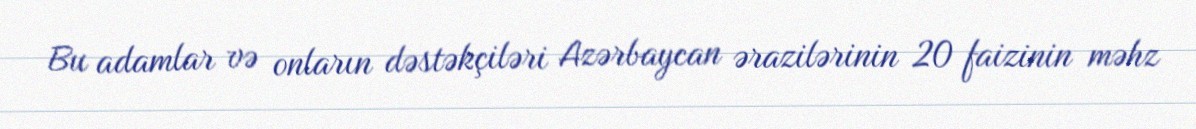
Bu adamlar və onların dəstəkçiləri Azərbaycan ərazilərinin 20 faizinin məhz